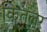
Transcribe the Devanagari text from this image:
कितलर